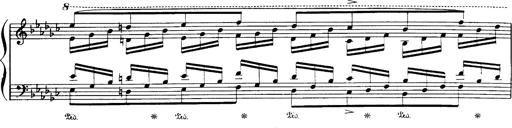
Title: Danza sacra e duetto finale dâ€™Aida
Composer: Franz Liszt